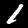
Label: 1